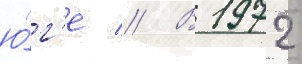
ю́г'е // В 1972